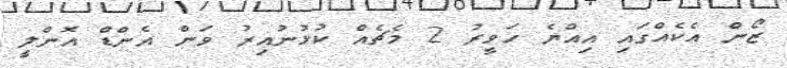
ޒޯން އެކެއްގައި އިއްޔެ ހަވީރު 2 މެޗެއް ކުޅުނުއިރު ވަން އެންޑް އޮންލީ